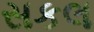
સકલ